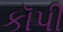
કૉપી